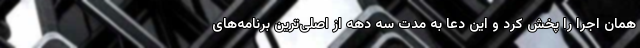
همان اجرا را پخش کرد و این دعا به مدت سه دهه از اصلی‌ترین برنامه‌های